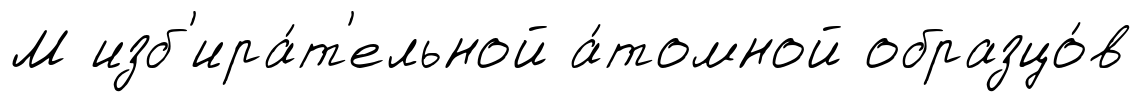
М изб'ира́т'ельной а́томной образцо́в